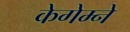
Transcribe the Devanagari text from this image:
केगेम्ने